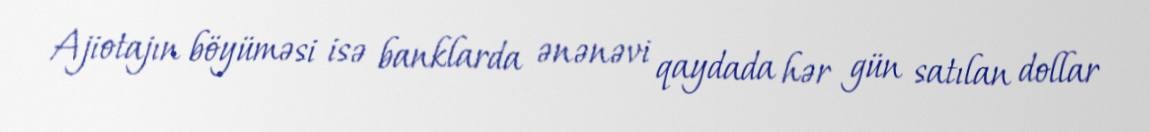
Ajiotajın böyüməsi isə banklarda ənənəvi qaydada hər gün satılan dollar